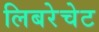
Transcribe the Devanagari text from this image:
लिबरेचेट